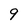
Character: 9